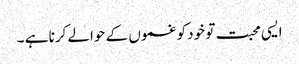
ایسی محبت تو خود کو غموں کے حوالے کرنا ہے ۔